Report on horse surra - Volume I
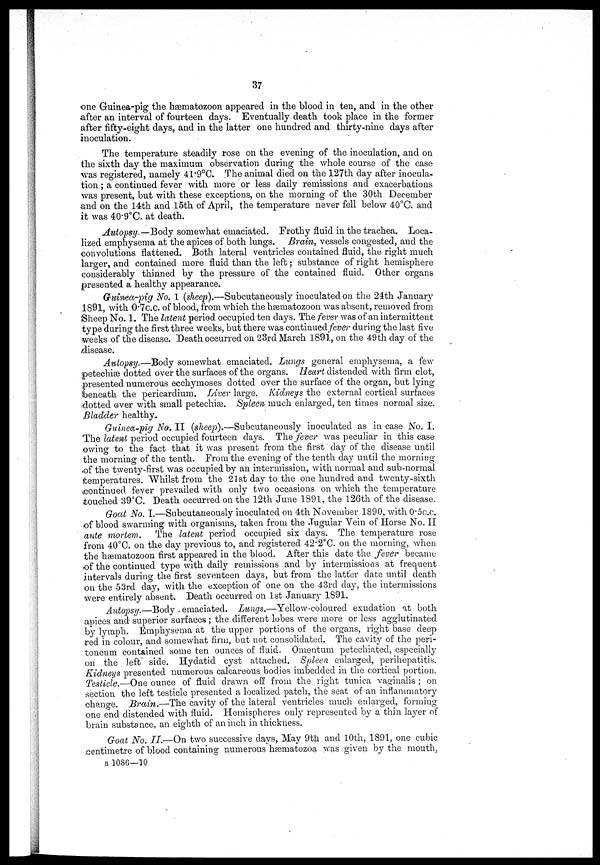
37
one Guinea-pig the hæmatozoon appeared in the blood in ten, and in the other
after an interval of fourteen days. Eventually death took place in the former
after fifty-eight days, and in the latter one hundred and thirty-nine days after
Inoculation.
The temperature steadily rose on the evening of the inoculation, and on
the sixth day the maximum observation during the whole course of the case
was registered, namely 41.9°C. The animal died on the 127th day after inocula-
tion ; a continued fever with more or less daily remissions and exacerbations
was present, but with these exceptions, on the morning of the 30th December
and on the 14th and 15th of April, the temperature never fell below 40°C. and
it was 40.9°C. at death.
Autopsy.—Body somewhat emaciated. Frothy fluid in the trachea. Loca-
lized emphysema at the apices of both lungs. Brain, vessels congested, and the
convolutions flattened. Both lateral ventricles contained fluid, the right much
larger, and contained more fluid than the left ; substance of right hemisphere
considerably thinned by the pressure of the contained fluid. Other organs
presented a healthy appearance.
Guinea-pig No. 1 (sheep).—Subcutaneously inoculated on the 24th January
1891, with 0.7c.c. of blood, from which the hæmatozoon was absent, removed from
Sheep No. 1. The latent period occupied ten days. The fever was of an intermittent
type during the first three weeks, but there was continued fever during the last five
weeks of the disease. Death occurred on 23rd March 1891, on the 49th day of the
disease.
Autopsy.—Body somewhat emaciated. Lungs general emphysema, a few
petechiæ dotted over the surfaces of the organs. Heart distended with firm clot,
presented numerous ecchymoses dotted over the surface of the organ, but lying
beneath the pericardium. Liver large. Kidneys the external cortical surfaces
(dotted over with small petechiæ. Spleen much enlarged, ten times normal size.
Bladder healthy.
Guinea-pig No. II (sheep).—Subcutaneously
inoculated as in case No. I.
The latent period occupied fourteen days. The fever was peculiar in this case
owing to the fact that it was present from the first day of the disease until
the morning of the tenth. From the evening of the tenth day until the morning
«of the twenty-first was occupied by an intermission, with normal and sub-normal
temperatures. Whilst from the 21st day to the one hundred and twenty-sixth
continued fever prevailed with only two occasions on which the temperature
touched 39°C. Death occurred on the 12th June 1891, the 126th of the disease.
Goat No. I.—Subcutaneously inoculated on 4th November 1890, with 0.5c.c.
of blood swarming with organisms, taken from the .Jugular Vein of Horse No. II
ante mortem.
The latent period occupied six clays. The temperature rose
from 40°C. on the day previous to, and registered 42.2°C. on the morning, when
the hæmatozoon first appeared in the blood. After this date the fever became
of the continued type with daily remissions and by intermissions at frequent
intervals during the first seventeen days, but from the latter date until death
on the 53rd clay, with the exception of one on the 43rd day, the intermissions
were entirely absent. Death occurred on 1st January 1891.
Autopsy.—Body
emaciated. Lungs.—Yellow-coloured
exudation at both
apices and superior surfaces ; the different lobes were more or less agglutinated
by lymph. Emphysema at the upper portions of the organs, right base deep
red in colour, and somewhat firm, but not consolidated. The cavity of the peri-
toneum contained some ten ounces of fluid. Omentum petechiated, especially
on the left side. Hydatid cyst attached. Spleen enlarged, perihepatitis.
Kidneys presented numerous calcareous bodies imbedded in the cortical portion.
Testicle.—One ounce of fluid drawn off from the right tunica vaginalis ; on
section the left testicle presented a localized patch, the seat of an inflammatory
change. Brain.—The cavity of the lateral ventricles much enlarged, forming
one end distended with fluid. Hemispheres only represented by a thin layer of
brain substance, an eighth of an inch in thickness.
Goat No. II.—On two successive days, May 9th and 10th, 1891, one cubic
centimetre of blood containing numerous hæmatozoa was given by the mouth,
B 1086—10